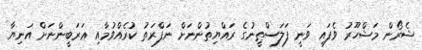
ޝެރޯން މަޝްހޫރު ވެފައި ވަނީ ފަލަސްޠީނުގެ ރައްޔިތުންނަށް ނަފްރަތު ކުރެއްވުމާއި ޢަރަބީންނަށް އަނިޔާ